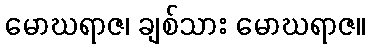
မောဃရာဇ၊ ချစ်သား မောဃရာဇ။